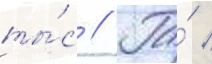
ты́с // Га́ /